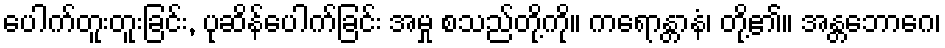
ပေါက်တူးတူးခြင်း, ပုဆိန်ပေါက်ခြင်း အမှု စသည်တို့ကို။ ကရောန္တာနံ၊ တို့၏။ အန္တဘောဂေ၊